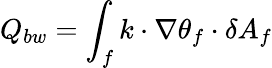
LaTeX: Q_{bw}=\int_{f}k\cdot\nabla\theta_{f}\cdot\delta A_{f}